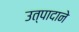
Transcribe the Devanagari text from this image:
उत्पादाने